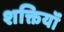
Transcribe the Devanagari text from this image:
शक्तियॉं